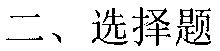
二、选择题